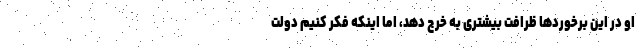
او در این برخوردها ظرافت بیشتری به خرج دهد، اما اینکه فکر کنیم دولت